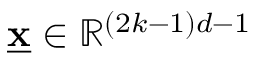
\underline { { \mathbf { x } } } \in \mathbb { R } ^ { ( 2 k - 1 ) d - 1 }